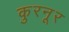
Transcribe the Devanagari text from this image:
कुरनूर